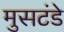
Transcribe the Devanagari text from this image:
मुसटंडे